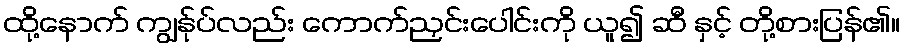
ထို့နောက် ကျွန်ုပ်လည်း ကောက်ညှင်းပေါင်းကို ယူ၍ ဆီ နှင့် တို့စားပြန်၏။